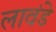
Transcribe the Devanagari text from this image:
लावंडे